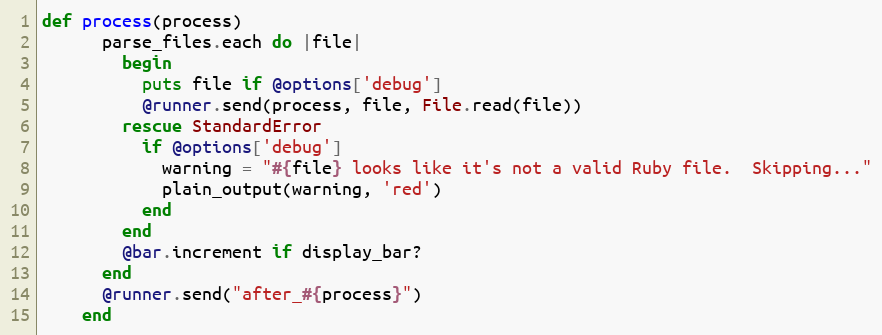
Language: Ruby
def process(process)
      parse_files.each do |file|
        begin
          puts file if @options['debug']
          @runner.send(process, file, File.read(file))
        rescue StandardError
          if @options['debug']
            warning = "#{file} looks like it's not a valid Ruby file.  Skipping..."
            plain_output(warning, 'red')
          end
        end
        @bar.increment if display_bar?
      end
      @runner.send("after_#{process}")
    end